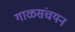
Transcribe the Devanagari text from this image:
गाळसंचयन